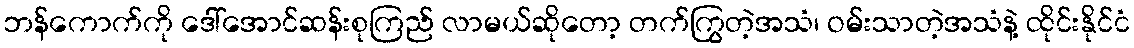
ဘန်ကောက်ကို ဒေါ်အောင်ဆန်းစုကြည် လာမယ်ဆိုတော့ တက်ကြွတဲ့အသံ၊ ဝမ်းသာတဲ့အသံနဲ့ ထိုင်းနိုင်ငံ